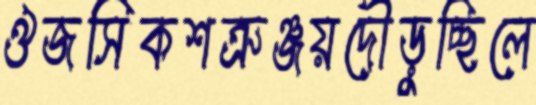
ঔজসিকশত্রুঞ্জয়দৌড়ুচ্ছিলে